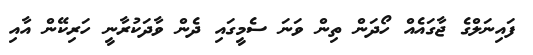
ފައިނަލްގެ ޖާގައެއް ހޯދަން ތިން ވަނަ ސެމީގައި ދެން ވާދަކުރާނީ ހަރިކޭން އާއި